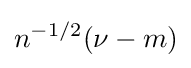
n^{-1/2}(\nu -m)